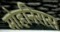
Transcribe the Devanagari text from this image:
मोहनिरास